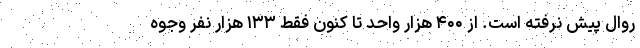
روال پیش نرفته است. از ۴۰۰ هزار واحد تا کنون فقط ۱۳۳ هزار نفر وجوه